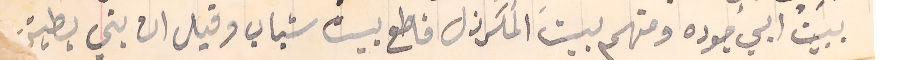
ببيت ابي جوده ومنهم بيت المكرزل قاطع بيت شباب وقيل ان بني بطيش